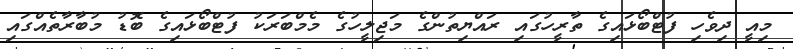
މިއީ ދިވެހި ފުޓްބޯޅައިގެ ތާރީހުގައި ރައްޔިތުންގެ މަޖިލީހުގެ މެމްބަރަކު ފުޓްބޯޅައިގެ ބޮޑު މުބާރާތެއްގައި